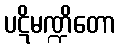
ပဋိမဏ္ဍိတော